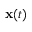
\mathbf { x } ( t )